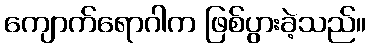
ကျောက်ရောဂါက ဖြစ်ပွားခဲ့သည်။